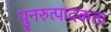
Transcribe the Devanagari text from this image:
पुनरुत्पादकता